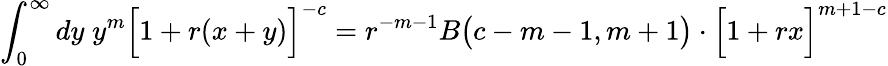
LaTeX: \int_{0}^{\infty}dy\; y^{m}\Big[1+r(x+y)\Big]^{-c}=r^{-m-1}B\big(c-m-1,m+1\big)\cdot\Big[1+rx\Big]^{m+1-c}